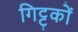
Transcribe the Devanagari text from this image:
गिट्टकों